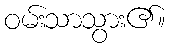
ဝမ်းသာသွား၏။